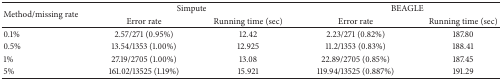
| <ROWSPAN=2> Method/missing rate | <COLSPAN=2> Simpute | <COLSPAN=2> BEAGLE |
 | Error rate | Running time (sec) | Error rate | Running time (sec) |
 | --- | --- | --- | --- | --- |
 | 0.1% | 2.57/271 (0.95%) | 12.42 | 2.23/271 (0.82%) | 187.80 |
 | 0.5% | 13.54/1353 (1.00%) | 12.925 | 11.2/1353 (0.83%) | 188.41 |
 | 1% | 27.19/2705 (1.00%) | 13.08 | 22.89/2705 (0.85%) | 187.45 |
 | 5% | 161.02/13525 (1.19%) | 15.921 | 119.94/13525 (0.887%) | 191.29 |